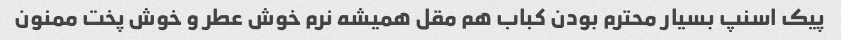
پیک اسنپ بسیار محترم بودن کباب هم مقل همیشه نرم خوش عطر و خوش پخت ممنون